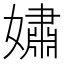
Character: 𫱷